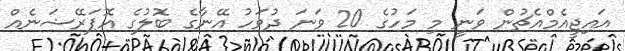
އައިޖީއެމްއެޗުން ވަނީ މި މަހުގެ 20 ވަނަ ދުވަހު އޭނާގެ ބޮލުގެ އޮޕަރޭޝަނެއް